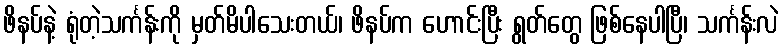
ဖိနပ်နဲ့ ရုံတဲ့သင်္ကန်းကို မှတ်မိပါသေးတယ်၊ ဖိနပ်က ဟောင်းပြီး ရွတ်တွေ ဖြစ်နေပါပြီ၊ သင်္ကန်းလဲ